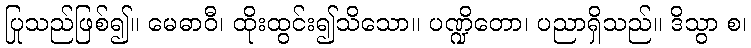
ပြုသည်ဖြစ်၍။ မေဓာဝီ၊ ထိုးထွင်း၍သိသော။ ပဏ္ဍိတော၊ ပညာရှိသည်။ ဒိသွာ စ၊